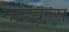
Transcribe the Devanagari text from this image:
नॉड्यूल्स